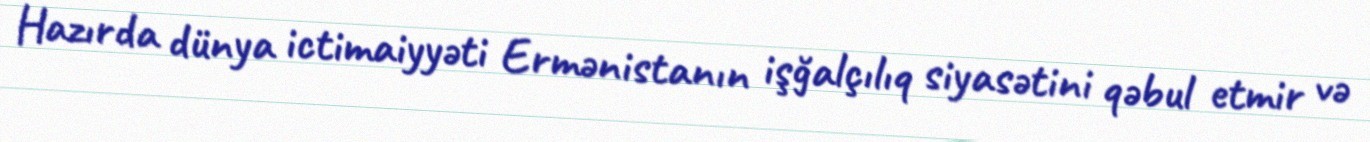
Hazırda dünya ictimaiyyəti Ermənistanın işğalçılıq siyasətini qəbul etmir və